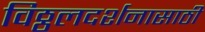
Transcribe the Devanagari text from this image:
विठ्ठलदर्शनासाठी